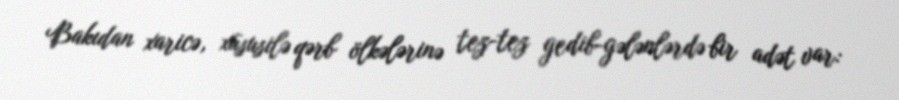
Bakıdan xaricə, xüsusilə qərb ölkələrinə tez-tez gedib-gələnlərdə bir adət var: